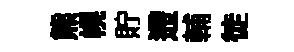
熊幌貯遰輔徒